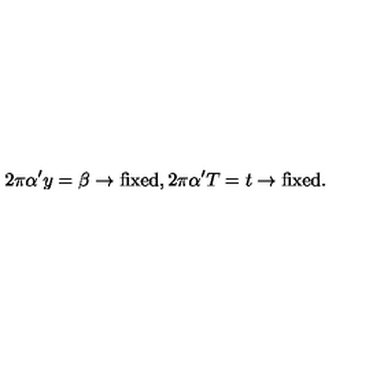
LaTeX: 2 \pi \alpha ^ { \prime } y = \beta \rightarrow \mathrm { f i x e d } , 2 \pi \alpha ^ { \prime } T = t \rightarrow \mathrm { f i x e d } .